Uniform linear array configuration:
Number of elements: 8
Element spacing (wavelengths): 0.75
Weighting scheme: uniform
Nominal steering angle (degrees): -45
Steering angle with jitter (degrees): -43.702
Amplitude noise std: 0.05
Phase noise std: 0.05

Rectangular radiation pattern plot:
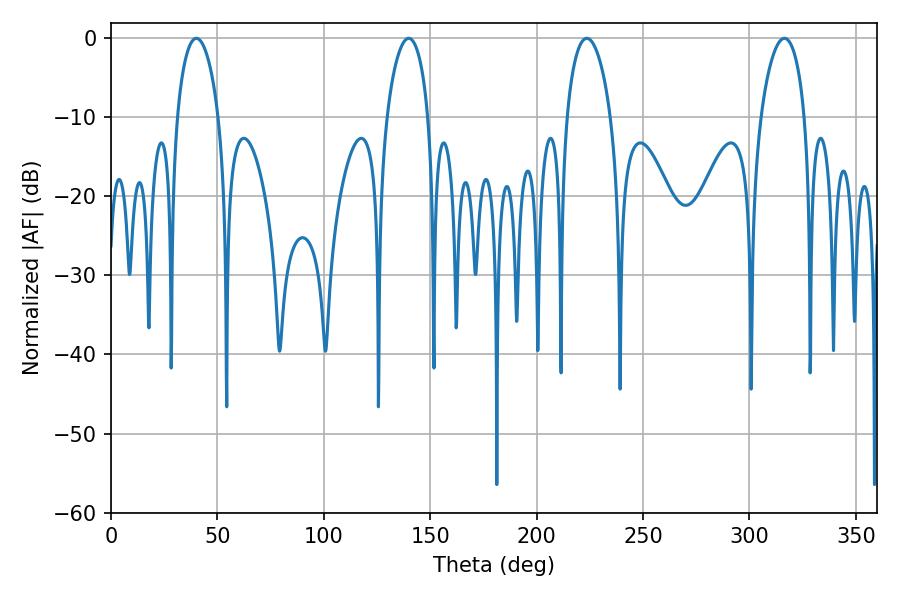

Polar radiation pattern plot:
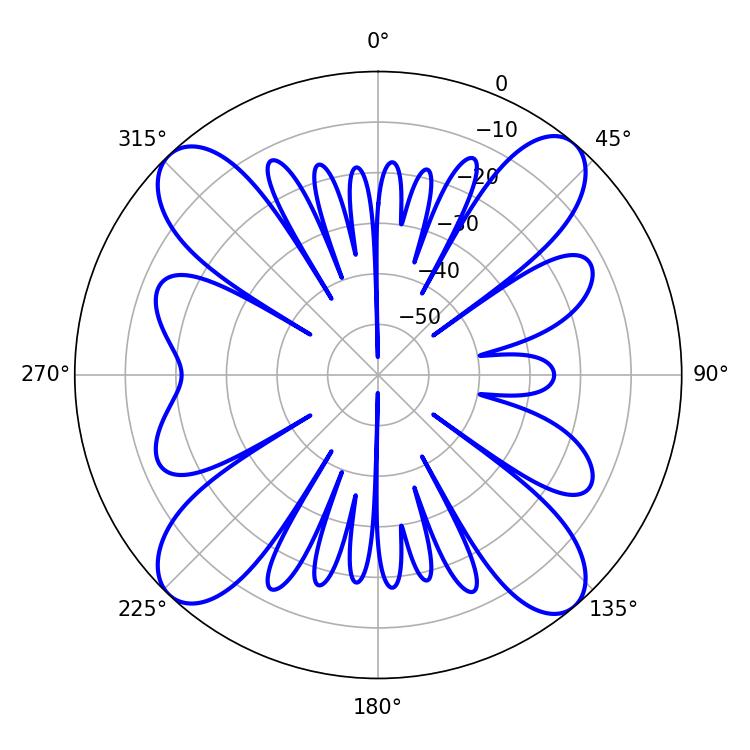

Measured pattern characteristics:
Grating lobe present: TRUE
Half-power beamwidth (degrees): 11.7
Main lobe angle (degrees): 223.56